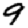
Digit: 9